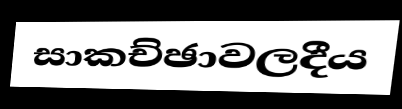
සාකච්ඡාවලදීය